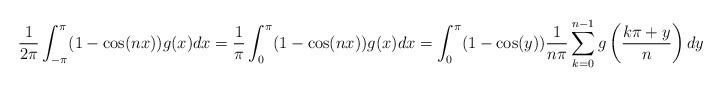
LaTeX: \begin{align*}\frac{1}{2\pi}\int_{-\pi}^{\pi}(1-\cos(nx))g(x)dx=\frac{1}{\pi}\int_{0}^{\pi}(1-\cos(nx))g(x)dx=\int_{0}^{\pi}(1-\cos(y))\frac{1}{n\pi}\sum_{k=0}^{n-1} g\left(\frac{k\pi+y}{n} \right)dy\end{align*}